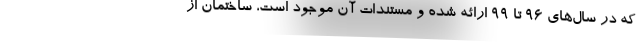
که در سال‌های ۹۶ تا ۹۹ ارائه شده و مستندات آن موجود است، ساختمان از